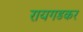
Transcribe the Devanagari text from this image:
रायगडकर